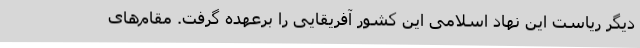
دیگر ریاست این نهاد اسلامی این کشور آفریقایی را برعهده گرفت. مقام‌های